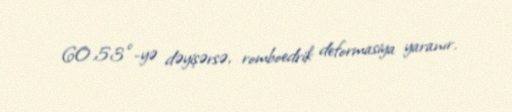
60.53°-yə dəyişərsə, romboedrik deformasiya yaranır.